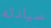
سيادته